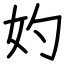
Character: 妁